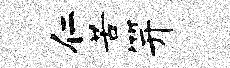
仁苦笄